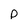
Character: p